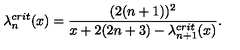
\lambda _ { n } ^ { c r i t } ( x ) = \frac { ( 2 ( n + 1 ) ) ^ { 2 } } { x + 2 ( 2 n + 3 ) - \lambda _ { n + 1 } ^ { c r i t } ( x ) } .